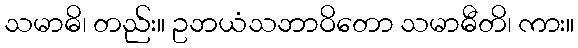
သမာဓိ၊ တည်း။ ဥဘယံသဘာဝိတော သမာဓီတိ၊ ကား။